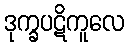
ဒုက္ခပဋိကူလေ